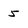
Character: 5